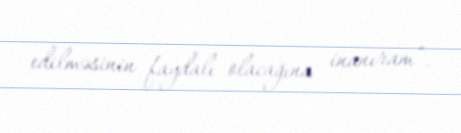
edilməsinin faydalı olacağına inanıram”.